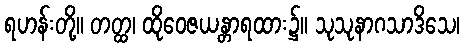
ရဟန်းတို့။ တတ္ထ၊ ထိုဝေဇယန္တာရထား၌။ သုသုနာဂသာဒိသေ၊